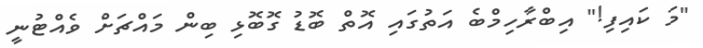
"މަ ކައިފި!" އިބްރާހިމްބެ އަތުގައި އޮތް ބޮޑު ގޮބޮޅި ބިން މައްޗަށް ވެއްޓުނީ